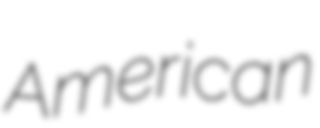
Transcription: American